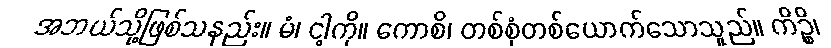
အဘယ်သို့ဖြစ်သနည်း။ မံ၊ ငါ့ကို။ ကောစိ၊ တစ်စုံတစ်ယောက်သောသူည်။ ကိဉ္စိ၊